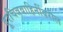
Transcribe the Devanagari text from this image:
दूरचित्रवाहिनींवरील